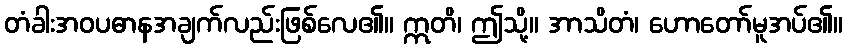
တံခါးအဝပဓာနအချက်လည်းဖြစ်လေ၏။ ဣတိ၊ ဤသို့။ အာသိတံ၊ ဟောတော်မူအပ်၏။